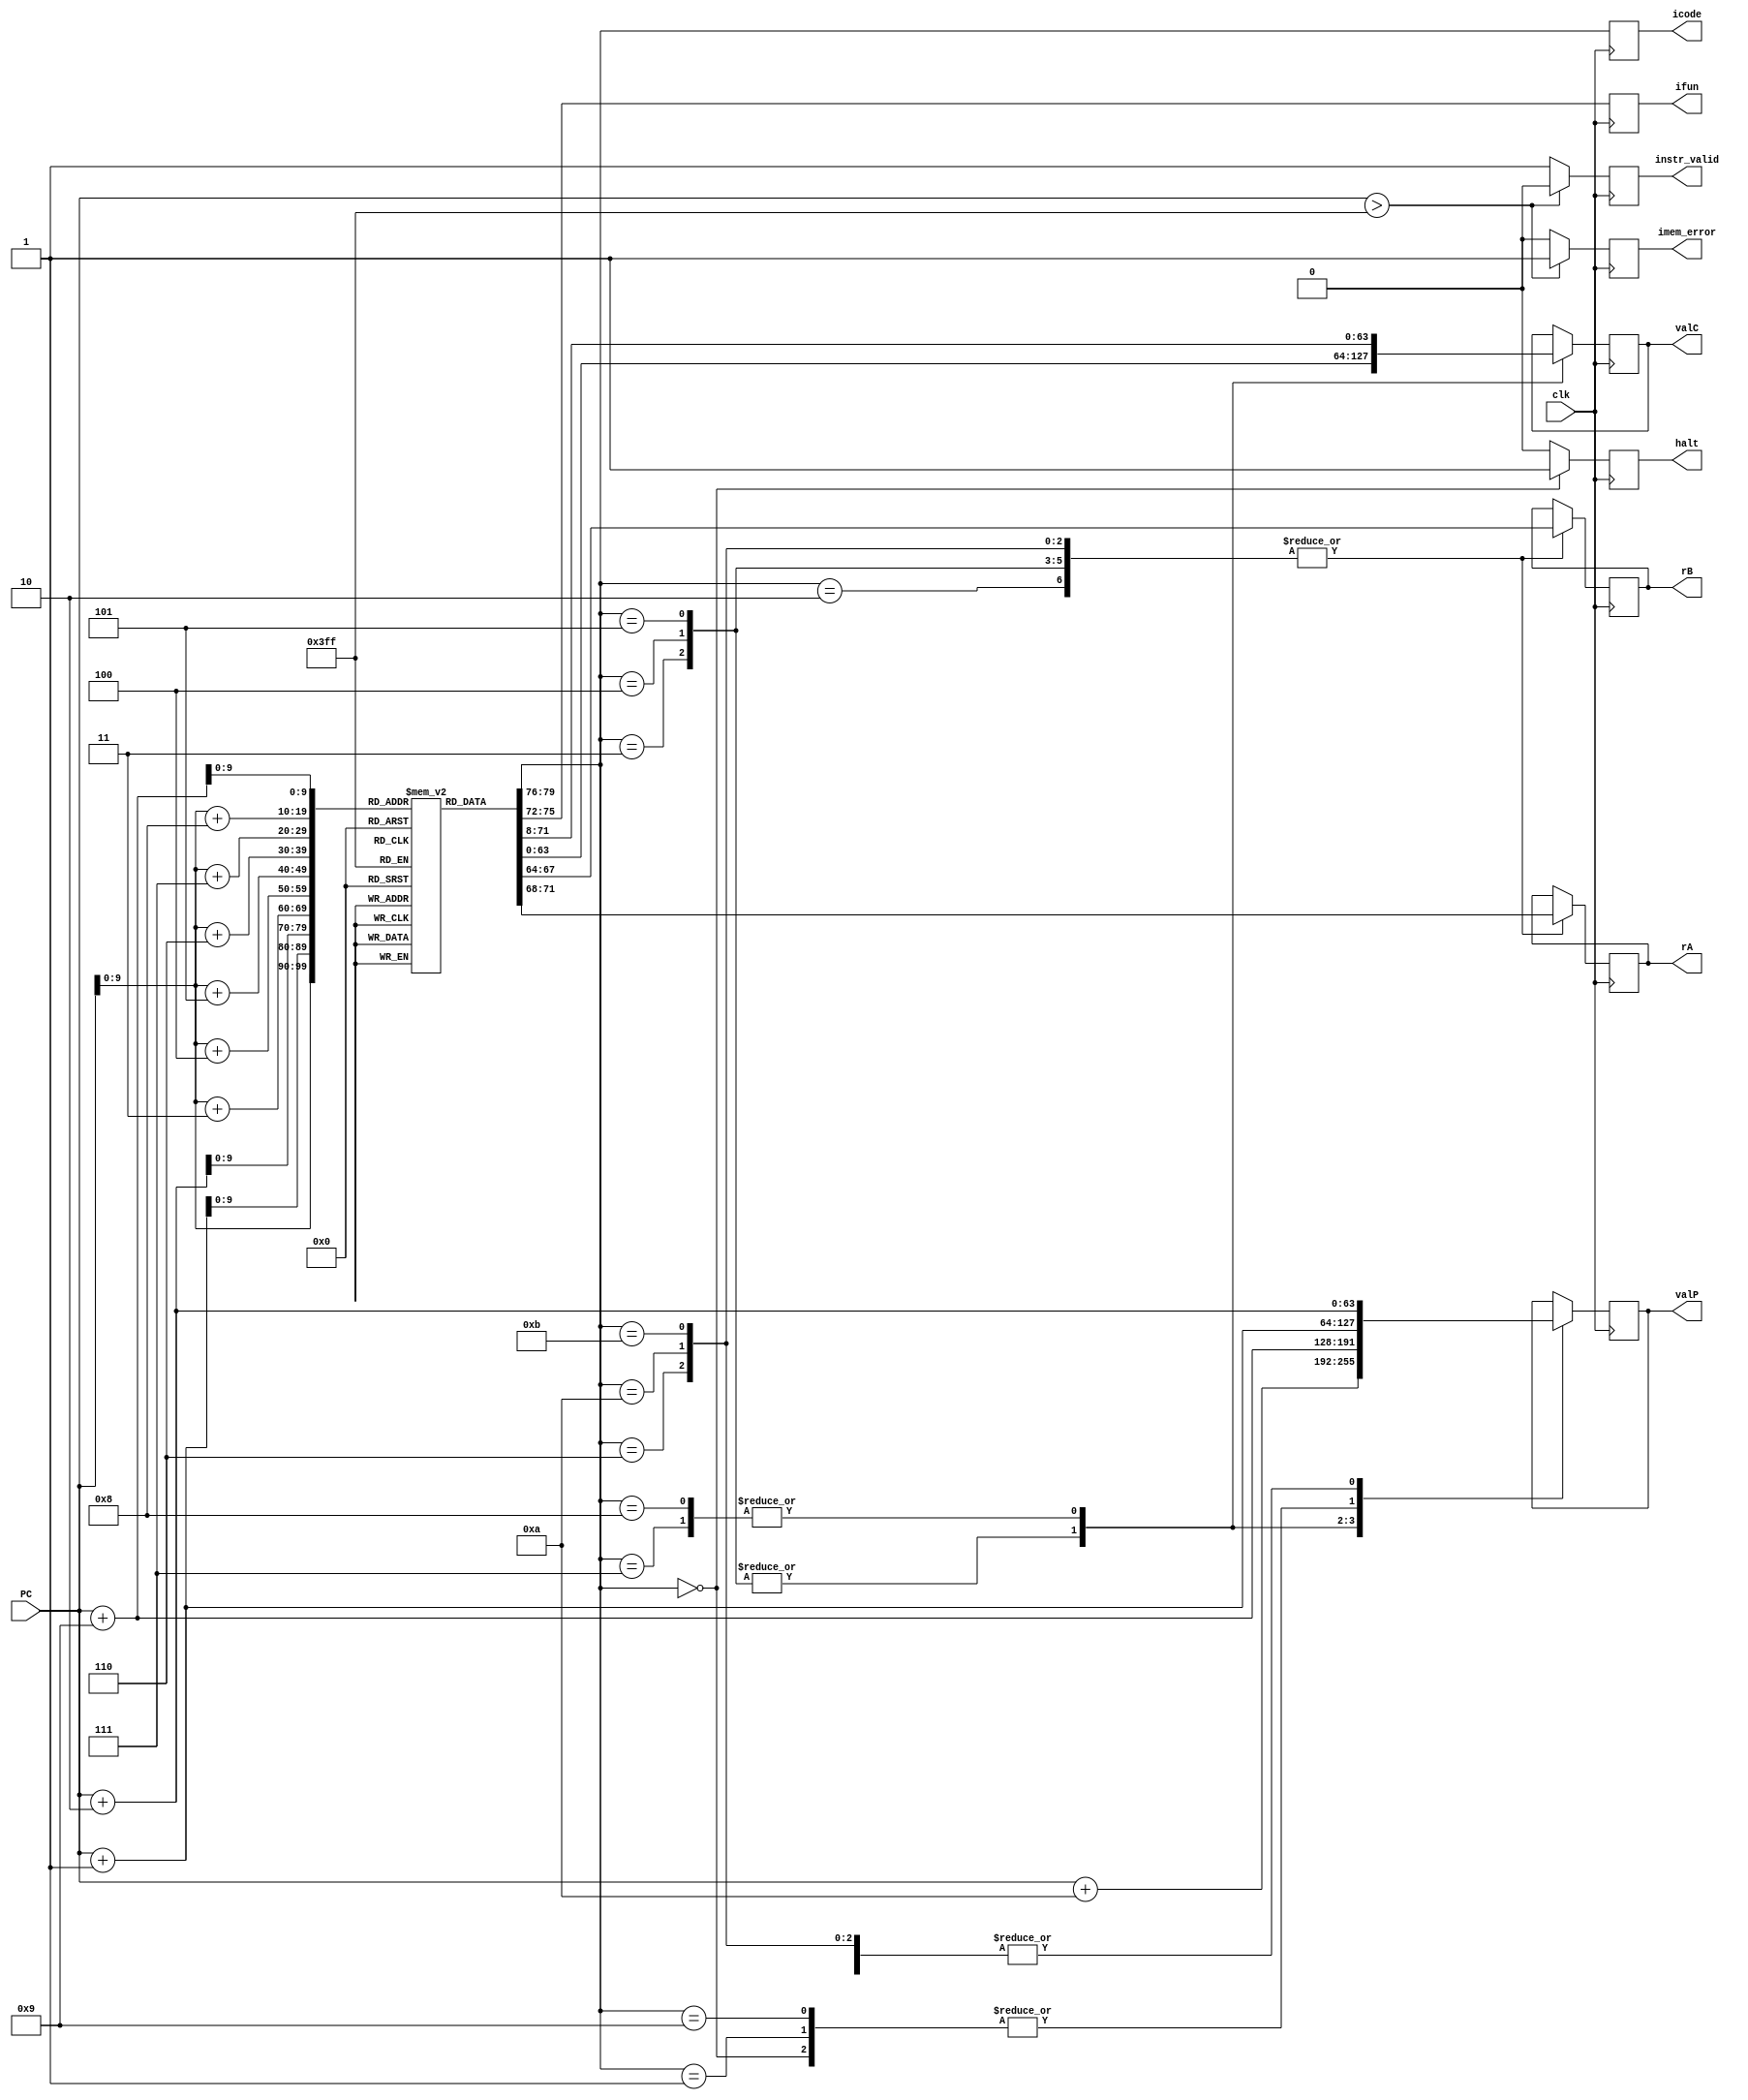
`timescale 1ns/1ps

module fetch(clk, PC, icode, ifun, rA, rB, valC, valP, instr_valid, imem_error, halt);

    parameter n = 64;
    input clk;
    input [n-1:0] PC;
    output reg [3:0] icode, ifun;
    output reg [3:0] rA, rB;
    output reg [n-1:0] valC;
    output reg [n-1:0] valP;
    output reg instr_valid;
    output reg imem_error;
    output reg halt;

    integer i;

    reg [7:0] instr_mem[0:1023]; //1024 Byte Array with each element(1 Byte) having 8 bits

    // Initialize the instruction memory to some value (Otherwise the all the registers will have 'x')
    initial begin
        instr_mem[0] = 8'b01100000;
        instr_mem[1] = 8'b01100000;
        instr_mem[2] = 8'b01101100;
        instr_mem[3] = 8'b01110000; 
        instr_mem[4] = 8'b00000000; 
        instr_mem[5] = 8'b00000000; 
        instr_mem[6] = 8'b00000000; 
        instr_mem[7] = 8'b00000000; 
        instr_mem[8] = 8'b00000000; 
        instr_mem[9] = 8'b00000000; 
        instr_mem[10] = 8'b00000000; 
        instr_mem[11] = 8'b00001100;
        instr_mem[12] = 8'b00100000;
        instr_mem[13] = 8'b01101100;
        instr_mem[14] = 8'b00110000; 
        instr_mem[15] = 8'b00000000; 
        instr_mem[16] = 8'b00000000; 
        instr_mem[17] = 8'b00000000; 
        instr_mem[18] = 8'b00000000; 
        instr_mem[19] = 8'b00000000; 
        instr_mem[20] = 8'b00000000; 
        instr_mem[21] = 8'b00000000; 
        instr_mem[22] = 8'b00000000; 
        instr_mem[23] = 8'b00000000; 
        instr_mem[24] = 8'b10101000; 
        instr_mem[25] = 8'b00000000; 
        instr_mem[26] = 8'b00001010; 
        for (i=27; i<1024; i=i+1)
        begin
            instr_mem[i] = i%5 + 2;
        end
    end

    reg [0:79] instr; // 1 instruction of size 10 bytes

    // 1 instruction != instr_mem[PC]
    // 1 instruction = instr_mem[PC] + instr_mem[PC+1] + instr_mem[PC+2] + ... instr_mem[PC+9]

    always @(posedge clk)
    begin

            imem_error = 0;
            instr_valid = 1;
            halt = 0;

            if (PC > 1023) 
            begin
                instr_valid = 0; // Not valid
                imem_error = 1; // Memory error
            end

            instr = {
                instr_mem[PC], 
                instr_mem[PC + 1], 
                instr_mem[PC + 2], 
                instr_mem[PC + 3], 
                instr_mem[PC + 4], 
                instr_mem[PC + 5], 
                instr_mem[PC + 6], 
                instr_mem[PC + 7], 
                instr_mem[PC + 8],
                instr_mem[PC + 9] 
            };

            icode = instr[0:3];
            ifun = instr[4:7];

            case(icode) 
                0: begin // halt
                    halt = 1;
                    valP = PC + 1;
                end

                1: begin // nop
                    valP = PC + 1;
                end

                2: begin // cmovXX or rrmovq
                    rA = instr[8:11];
                    rB = instr[12:15];
                    valP = PC + 2;
                end

                3: begin // irmovq
                    rA = instr[8:11];
                    rB = instr[12:15];
                    valC = instr[16:79];
                    valP = PC + 10;
                end

                4: begin // rmmovq
                    rA = instr[8:11];
                    rB = instr[12:15];
                    valC = instr[16:79];
                    valP = PC + 10;
                end

                5: begin // mrmovq
                    rA = instr[8:11];
                    rB = instr[12:15];
                    valC = instr[16:79];
                    valP = PC + 10;
                end

                6: begin // OPq
                    rA = instr[8:11];
                    rB = instr[12:15];
                    valP = PC + 2;
                end

                7: begin // jXX
                    valC = instr[8:71];
                    valP = PC + 9;
                end

                8: begin // call
                    valC = instr[8:71];
                    valP = PC + 9;
                end

                9: begin // ret
                    valP = PC + 1;
                end

                10: begin // pushq
                    rA = instr[8:11];
                    rB = instr[12:15];
                    valP = PC + 2;
                end

                11: begin // popq
                    rA = instr[8:11];
                    rB = instr[12:15];
                    valP = PC + 2;
                end
            endcase

    end
endmodule